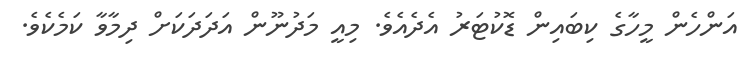
އަންހެން މީހާގެ ކިބައިން ޑޮކުޓަރު އެދެއެވެ. މިއީ މަދުނޫން އަދަދަކަށް ދިމާވާ ކަމެކެވެ.